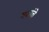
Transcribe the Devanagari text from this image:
गदांचे